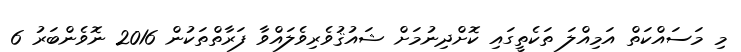
މި މަސައްކަތް އަމިއްލަ ތަކެތީގައި ކޮށްދިނުމަށް ޝައުޤުވެރިވެލައްވާ ފަރާތްތަކުން 2016 ނޮވެންބަރު 6